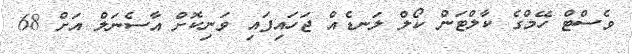
ވެސްޓް ހޭމްގެ ކާލްޓަން ކޯލް ލަނޑެއް ޖަހައިފައި ވަނިކޮށް އާސެނަލް އަށް 68